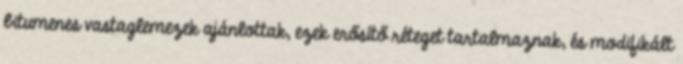
bitumenes vastaglemezek ajánlottak, ezek erősítő réteget tartalmaznak, és modifikált